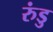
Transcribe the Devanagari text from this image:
रुंडु